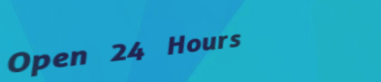
Open 24 Hours